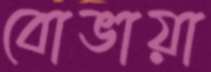
বোভায়া